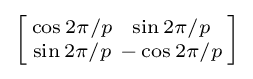
\left[{\begin{smallmatrix}\cos 2\pi /p&\sin 2\pi /p\\\sin 2\pi /p&-\cos 2\pi /p\\\end{smallmatrix}}\right]